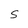
Character: S